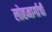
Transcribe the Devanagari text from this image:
लोहमार्गाची